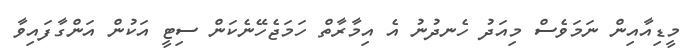
މީޑިއާއިން ނަމަވެސް މިއަދު ހެނދުނު އެ އިމާރާތް ހަމަޖެހޭނެކަން ސިޓީ އަކުން އަންގާފައިވާ